Vaccine operations Central Provinces 1868-1885 - 1868-1885
Year: 1868
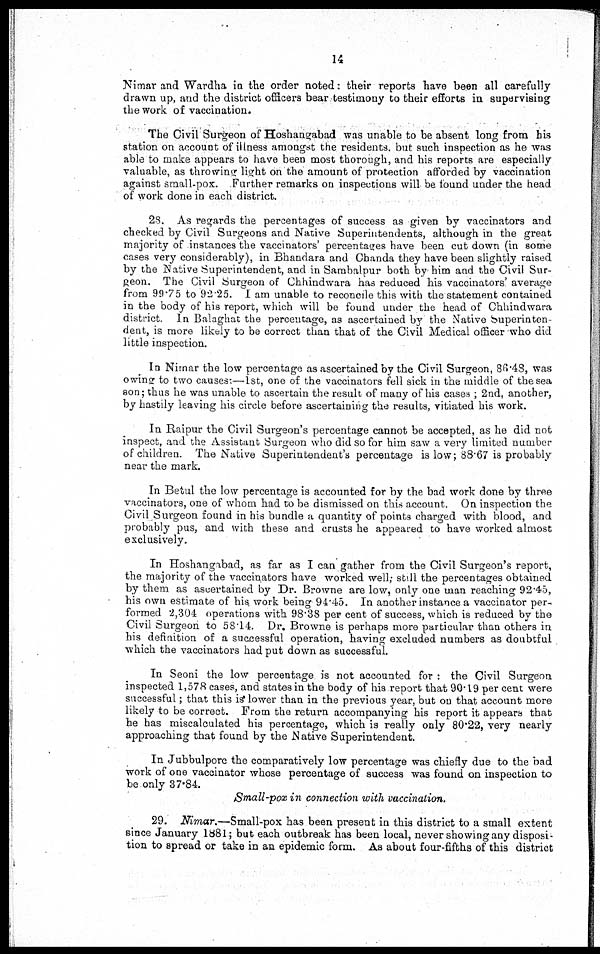
14
Nimar and Wardha in the order noted: their reports have been all carefully
drawn up, and the district officers bear testimony to their efforts in supervising
the work of vaccination.
The Civil Surgeon of Hoshangabad was unable to be absent long from his
station on account of illness amongst the residents, but such inspection as he was
able to make appears to have been most thorough, and his reports are especially
valuable, as throwing light on the amount of protection afforded by vaccination
against small-pox. Further remarks on inspections will be found under the head
of work done in each district.
28. As regards the percentages of success as given by vaccinators and
checked by Civil Surgeons and Native Superintendents, although in the great
majority of instances the vaccinators' percentages have been cut down (in some
cases very considerably, in Bhandara and Chanda they have been slightly raised
by the Native Superintendent, and in Sambalpur both by him and the Civil Sur-
geon. The Civil Surgeon of Chhindwara has reduced his vaccinators' average
from 99.75 to 92.25. I am unable to reconcile this with the statement contained
in the body of his report, which will be found under the head of Chhindwara
district. In Balaghat the percentage, as ascertained by the Native Superinten-
dent, is more likely to be correct than that of the Civil Medical officer who did
little inspection.
In Nimar the low percentage as ascertained by the Civil Surgeon, 86.48, was
owing to two causes:—1st, one of the vaccinators fell sick in the middle of the sea
son; thus he was unable to ascertain the result of many of his cases ; 2nd, another,
by hastily leaving his circle before ascertaining the results, vitiated his work.
In Raipur the Civil Surgeon's percentage cannot be accepted, as he did not
inspect, and the Assistant Surgeon who did so for him saw a very limited number
of children. The Native Superintendent's percentage is low; 88.67 is probably
near the mark.
In Betul the low percentage is accounted for by the bad work done by three
vaccinators, one of whom had to be dismissed on this account. On inspection the
Civil Surgeon found in his bundle a quantity of points charged with blood, and
probably pus, and with these and crusts he appeared to have worked almost
exclusively.
In Hoshangabad, as far as I can gather from the Civil Surgeon's report,
the majority of the vaccinators have worked well; still the percentages obtained
by them as ascertained by Dr. Browne are low, only one man reaching 92.45,
his own estimate of his work being 94.45. In another instance a vaccinator per-
formed 2,304 operations with 98.38 per cent of success, which is reduced by the
Civil Surgeon to 58.14. Dr. Browne is perhaps more particular than others in
his definition of a successful operation, having excluded numbers as doubtful
which the vaccinators had put down as successful.
In Seoni the low percentage is not accounted for : the Civil Surgeon
inspected 1,578 cases, and states in the body of his report that 90.19 per cent were
successful; that this is lower than in the previous year, but on that account more
likely to be correct. From the return accompanying his report it appears that
he has miscalculated his percentage, which is really only 80.22, very nearly
approaching that found by the Native Superintendent.
In Jubbulpore the comparatively low percentage was chiefly due to the bad
work of one vaccinator whose percentage of success was found on inspection to
be only 37.84.
Small-pox in connection with vaccination.
29. Nimar.—Small-pox has been present in this district to a small extent
since January 1881; but each outbreak has been local, never showing any disposi-
tion to spread or take in an epidemic form. As about four-fifths of this district